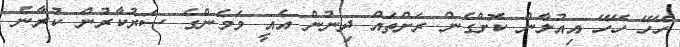
ހޭހޭ ހޭހޭ އިއުލާން ކޮށްގެން ރަށްތައް ދިނުން އެއީ މަމެންގެ ސަރުކާރުން ކުރާނެ